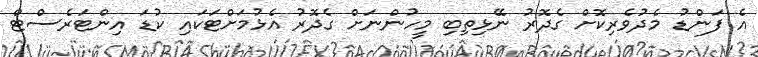
އެ ފަންޑު މެދުވެރިކޮށް ގެދޮރު ނޭޅިތިބި މީހުންނަށް ގެދޮރު އެޅުމަށްޓަކައި ކުޑަ އިންޓަރެސްޓް